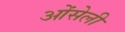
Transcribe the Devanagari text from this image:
ओंसेली